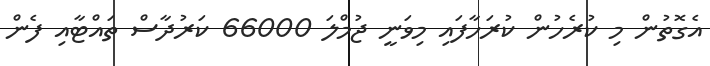
އެގޮތުން މި ކުރެހުން ކުރަހާފައި މިވަނީ ޖުމްލަ 66000 ކަރުދާސް ތައްޓާއި ފެން